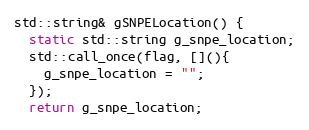
Language: C++
std::string& gSNPELocation() {
  static std::string g_snpe_location;
  std::call_once(flag, [](){
    g_snpe_location = "";
  });
  return g_snpe_location;